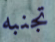
تجنبه